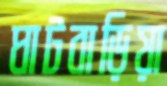
ঘাটবাড়িয়া